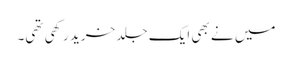
میں نے بھی ایک جلد خرید رکھی تھی۔